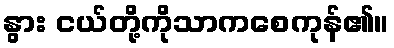
နွား ငယ်တို့ကိုသာကစေကုန်၏။